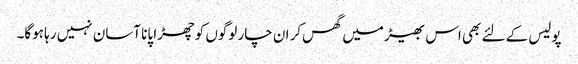
پولیس کے لئے بھی اس بھیڑ میں گھس‌کر ان چار لوگوں کو چھڑا پانا آسان نہیں رہا ہوگا۔